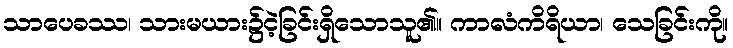
သာပေခဿ၊ သားမယား၌ငဲ့ခြင်းရှိသောသူ၏။ ကာလံကိရိယာ၊ သေခြင်းကို။